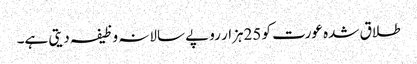
طلاق شدہ عورت کو 25ہزار روپے سالانہ وظیفہ دیتی ہے۔